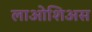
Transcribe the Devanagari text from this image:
लाओशिअस